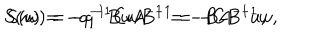
LaTeX: S ( u ) = - q ^ { - 1 } B u A ^ { - 1 } = - B A ^ { - 1 } u , \hspace { 5 m m } S ( w ) = - q ^ { - 1 } C w B ^ { - 1 } = - C B ^ { - 1 } w ,